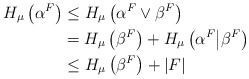
\begin{align*} H_\mu\left(\alpha^F \right) & \leq H_\mu \left( \alpha^F \vee \beta^F \right) \\ & = H_\mu \left( \beta^F \right) + H_\mu \left( \alpha^F \big \vert \beta^F \right) \\ &\leq H_\mu \left( \beta^F \right) + |F| \end{align*}